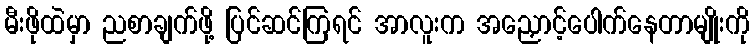
မီးဖိုထဲမှာ ညစာချက်ဖို့ ပြင်ဆင်ကြရင် အာလူးက အညှောင့်ပေါက်နေတာမျိုးကို